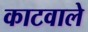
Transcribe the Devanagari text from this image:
काटवाले